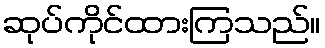
ဆုပ်ကိုင်ထားကြသည်။